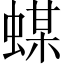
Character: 䗋